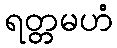
ရတ္တမဟံ